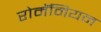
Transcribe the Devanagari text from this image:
रोमॅनियन